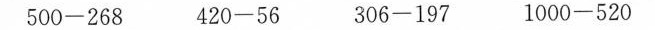
$$5 0 0 - 2 6 8$$ $$4 2 0 - 5 6$$ $$3 0 6 - 1 9 7$$ $$1 0 0 0 - 5 2 0$$